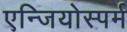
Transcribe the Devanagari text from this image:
एन्जियोस्पर्म